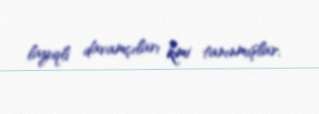
layiqli davamçıları kimi tanınmışlar.